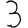
Digit: 3